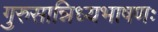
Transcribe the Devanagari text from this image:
गुरुसान्निध्यभाषणः